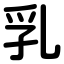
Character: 乳